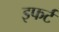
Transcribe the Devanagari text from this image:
इफर्ट